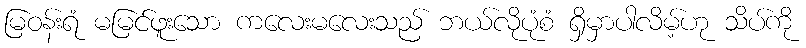
မြဝန်းရံ မမြင်ဖူးသော ကလေးမလေးသည် ဘယ်လိုပုံစံ ရှိမှာပါလိမ့်ဟု သိပ်ကို